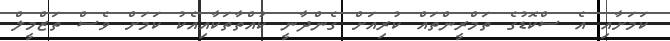
ކަމަށާއި އެ ސްކޮޑުގެ ތަމްރީންތައް ކުރިއަށް ގެންދާނީ ކުއްތާތަކާއިއެކު ކަމަށް ވެސް ތަޒްމީލް